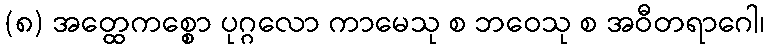
(၈) အတ္ထေကစ္စော ပုဂ္ဂလော ကာမေသု စ ဘဝေသု စ အဝီတရာဂေါ၊